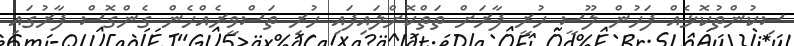
ސިކުންތުކޮޅެއް ފަހުން ލޫސީ ހުރީ ފާރަށް ތަތްކޮށްލައިފައި ހުރި ތަސްވީރެއްހެން ގެންގޮސް ފާރުގައި